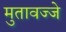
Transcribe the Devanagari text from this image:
मुतावज्जे